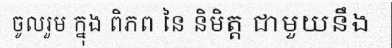
ចូលរួម ក្នុង ពិភព នៃ និមិត្ត ជាមួយនឹង